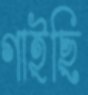
গাইছি